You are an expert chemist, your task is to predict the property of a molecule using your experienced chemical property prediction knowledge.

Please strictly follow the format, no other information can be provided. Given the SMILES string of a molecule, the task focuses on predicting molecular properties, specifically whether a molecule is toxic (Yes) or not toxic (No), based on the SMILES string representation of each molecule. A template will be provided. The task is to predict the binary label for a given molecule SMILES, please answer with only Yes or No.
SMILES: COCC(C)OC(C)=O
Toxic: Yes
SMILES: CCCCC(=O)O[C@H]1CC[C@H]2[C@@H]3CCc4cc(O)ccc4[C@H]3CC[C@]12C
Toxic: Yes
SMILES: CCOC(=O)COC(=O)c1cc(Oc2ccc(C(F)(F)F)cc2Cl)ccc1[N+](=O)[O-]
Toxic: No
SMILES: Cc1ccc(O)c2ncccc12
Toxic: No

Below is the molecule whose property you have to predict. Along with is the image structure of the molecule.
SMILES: O=C([O-])Cc1ccccc1Nc1c(Cl)cccc1Cl
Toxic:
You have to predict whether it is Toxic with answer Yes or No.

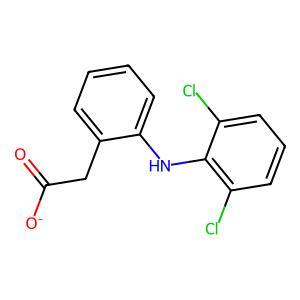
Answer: No